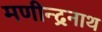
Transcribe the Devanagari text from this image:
मणीन्द्रनाथ